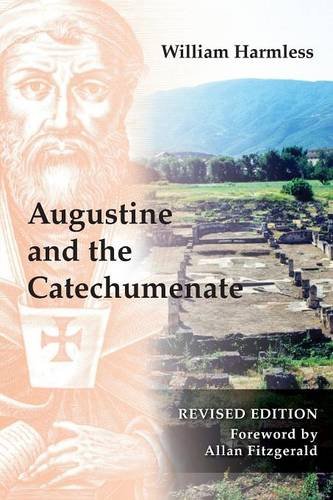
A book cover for Augustine and the Catechumenate; William Harmless SJ; Christian Books & Bibles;